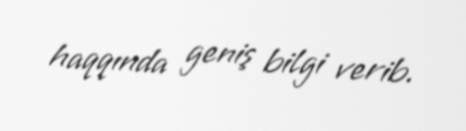
haqqında geniş bilgi verib.